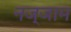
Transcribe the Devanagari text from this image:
नज्जाम